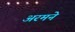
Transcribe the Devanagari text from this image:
अरमने